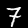
Digit: 7